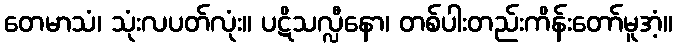
တေမာသံ၊ သုံးလပတ်လုံး။ ပဋိသလ္လီနော၊ တစ်ပါးတည်းကိန်းတော်မူအံ့။